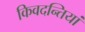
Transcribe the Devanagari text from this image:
किवदन्तियां